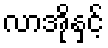
လာအိုနှင့်